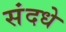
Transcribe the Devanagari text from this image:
संदधे